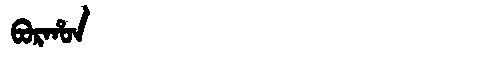
Manchu: ᠪᠣᡵᡥᠣᠨ
Romanization: BORHON